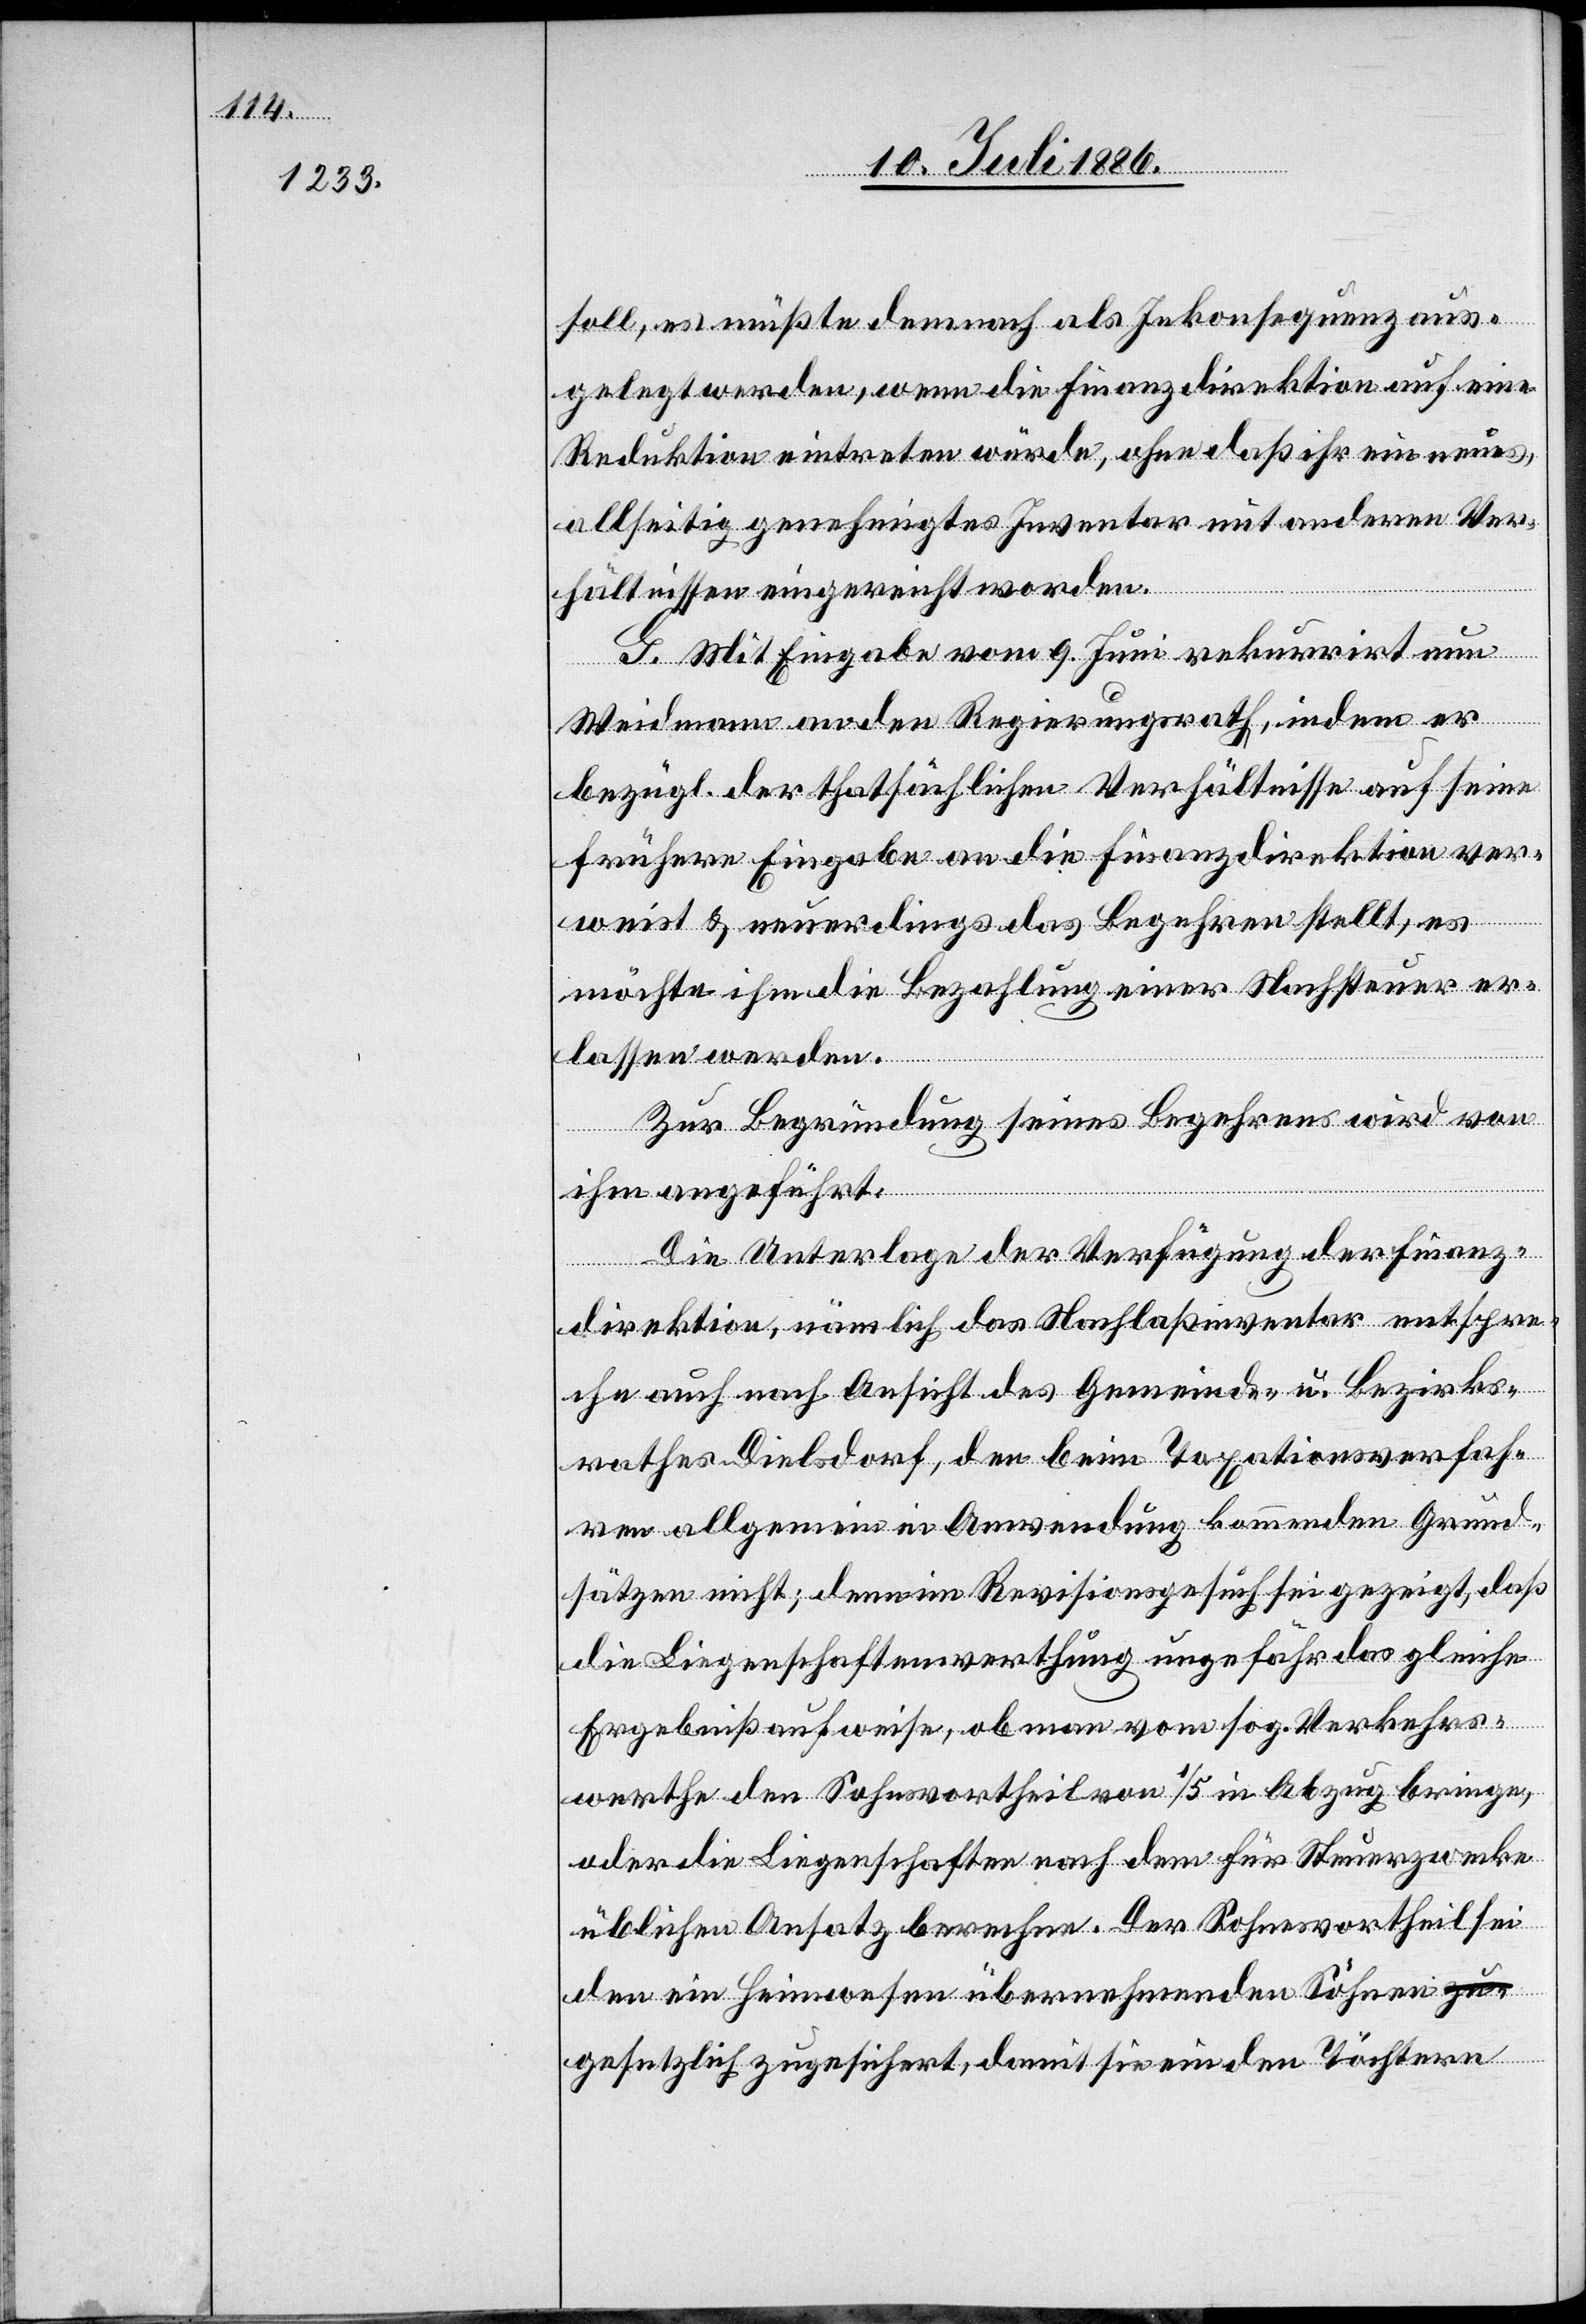
soll, es müßte demnach als Inkonsequenz aus¬
gelegt werden, wenn die Finanzdirektion auf eine
Reduktion eintreten würde, ohne daß ihr ein neues,
allseitig genehmigtes Inventar mit andern Ver¬
hältnissen eingereicht worden.
G. Mit Eingabe vom 9. Juni rekurrirt nun
Weidmann an den Regierungsrath, indem er
bezügl. der thatsächlichen Verhältnisse auf seine
frühere Eingabe an die Finanzdirektion ver¬
weist & neuerdings das Begehren stellt, es
möchte ihm die Bezahlung einer Nachsteuer er¬
lassen werden.
Zur Begründung seines Begehrens wird von
ihm angeführt:
Die Unterlage der Verfügung der Finanz¬
direktion, nämlich das Nachlaßinventar entspre¬
che auch nach Ansicht des Gemeinde- u. Bezirks¬
rathes Dielsdorf, den beim Taxationsverfah¬
ren allgemein in Anwendung kommenden Grund¬
sätzen nicht; denn im Revisionsgesuch sei gezeigt, daß
die Liegenschaftenwerthung ungefähr das gleiche
Ergebniß aufweise, ob man vom sog. Verkehrs¬
werthe den Sohnesvortheil von 1/5 in Abzug bringe,
oder die Liegenschaften nach dem für Steuerzwecke
üblichen Ansatz berechne. Der Sohnesvortheil sei
den ein Heimwesen übernehmenden Söhnen g¬
esetzlich zugesichert, damit sie ein den Töchtern